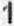
1